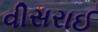
વીસરાઈ